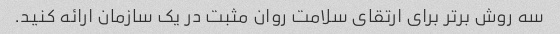
سه روش برتر برای ارتقای سلامت روان مثبت در یک سازمان ارائه کنید.